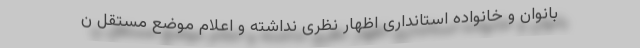
بانوان و خانواده استانداری اظهار نظری نداشته و اعلام موضع مستقل ن